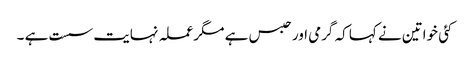
کئی خواتین نے کہا کہ گرمی اور حبس ہے مگر عملہ نہایت سست ہے ۔